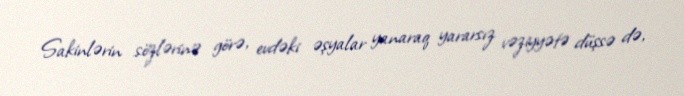
Sakinlərin sözlərinə görə, evdəki əşyalar yanaraq yararsız vəziyyətə düşsə də,